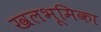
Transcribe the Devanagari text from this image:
खलभूमिका